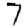
Digit: 7